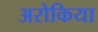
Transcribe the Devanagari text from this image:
अरोकिया